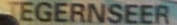
TEGERNSEER